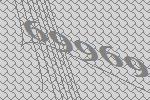
69969